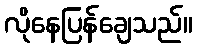
လိုနေပြန်ချေသည်။